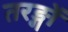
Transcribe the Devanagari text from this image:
तरङ्गों